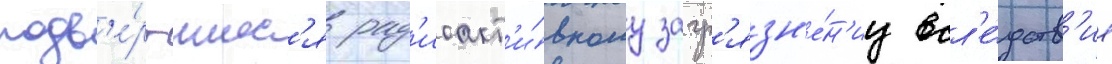
подв'е́ргшиес'я рад'иоакт'и́вному загр'язн'е́н'иу всл'е́дств'ие